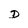
Character: D